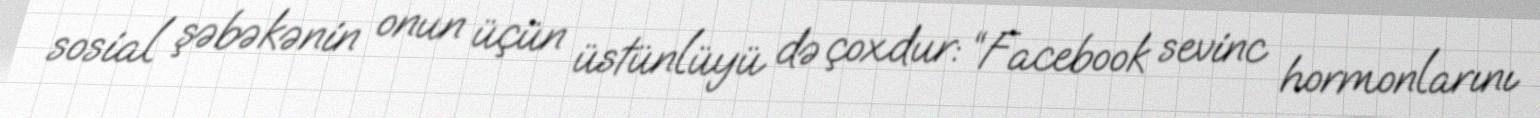
sosial şəbəkənin onun üçün üstünlüyü də çoxdur: “Facebook sevinc hormonlarını